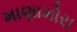
માણામોરા